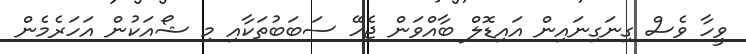
ވީހާ ވެސް ގިނަގިނައިން އައިޑޮލް ބާއްވަން ޖެހޭ ސަބަބުތަކާއި މި ޝޯއަކުން އަހަރެމެން